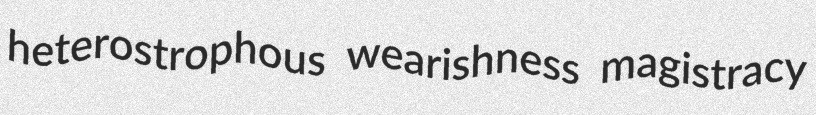
heterostrophous wearishness magistracy